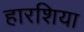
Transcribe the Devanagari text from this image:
हारशिया